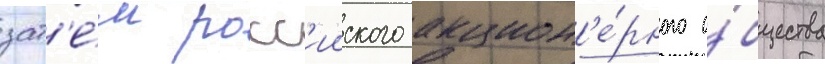
зат'е́м росс'ииского акцион'е́рного о́бщества